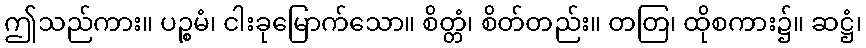
ဤသည်ကား။ ပဉ္စမံ၊ ငါးခုမြောက်သော။ စိတ္တံ၊ စိတ်တည်း။ တတြ၊ ထိုစကား၌။ ဆဋ္ဌံ၊